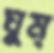
ঘুম্